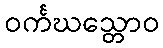
ဝင်္ကဃသ္တောဝ